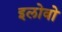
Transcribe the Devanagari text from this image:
इलोवो